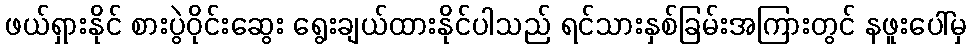
ဖယ်ရှားနိုင် စားပွဲဝိုင်းဆွေး ရွေးချယ်ထားနိုင်ပါသည် ရင်သားနှစ်ခြမ်းအကြားတွင် နဖူးပေါ်မှ